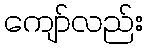
ကျော်လည်း